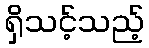
ရှိသင့်သည့်